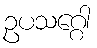
ဥပသဂ္ဂေါ